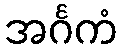
အင်္ဂကံ